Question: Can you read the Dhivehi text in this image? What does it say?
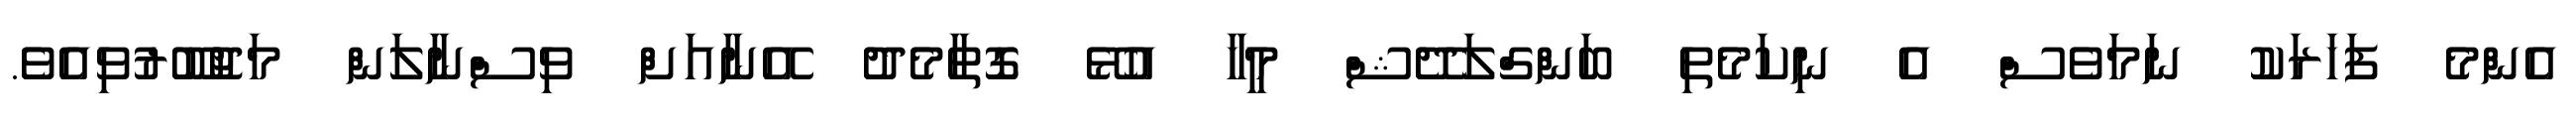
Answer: އެންމެ ފަހަރަކު ނަމަވެސް އެ ނިކަމެތި ބަންގްލަދޭޝް މީހާ އުޅޭ ގޮތާމެދު އޭނާއަށް ވިސްނާލަން މަޖުބޫރުވިއެވެ.